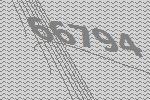
66794